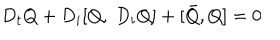
LaTeX: D _ { t } Q + D _ { i } [ Q , ~ D _ { i } Q ] + [ \bar { Q } , Q ] = 0